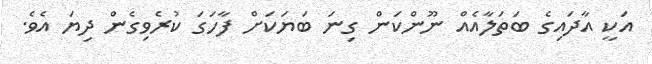
އަކީ އާދައިގެ ބަތަލާއެއް ނޫންކަން ގިނަ ބަޔަކަށް ފާހަގަ ކުރެވިގެން ދިޔަ އެވެ.